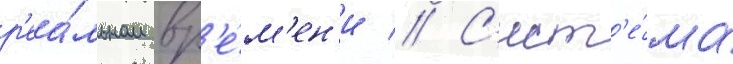
р'еа́льном вр'е́м'ен'и // С'ист'е́ма